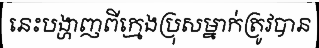
នេះបង្ហាញពីក្មេងប្រុសម្នាក់ត្រូវបាន